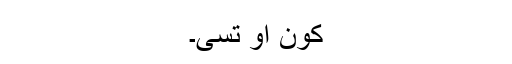
کون او تسی۔